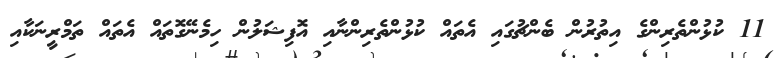
11 ކުޅުންތެރިންގެ އިތުރުން ބެންޗުގައި އެތައް ކުޅުންތެރިންނާއި އޮފިޝަލުން ހިމެނޭގޮތައް އެތައް ތަމްރީނަކާއި